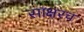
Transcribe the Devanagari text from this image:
साक्षरच